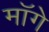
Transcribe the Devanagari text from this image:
माॅगे